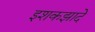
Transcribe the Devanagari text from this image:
इशकझादे